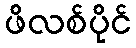
ဖိလစ်ပိုင်